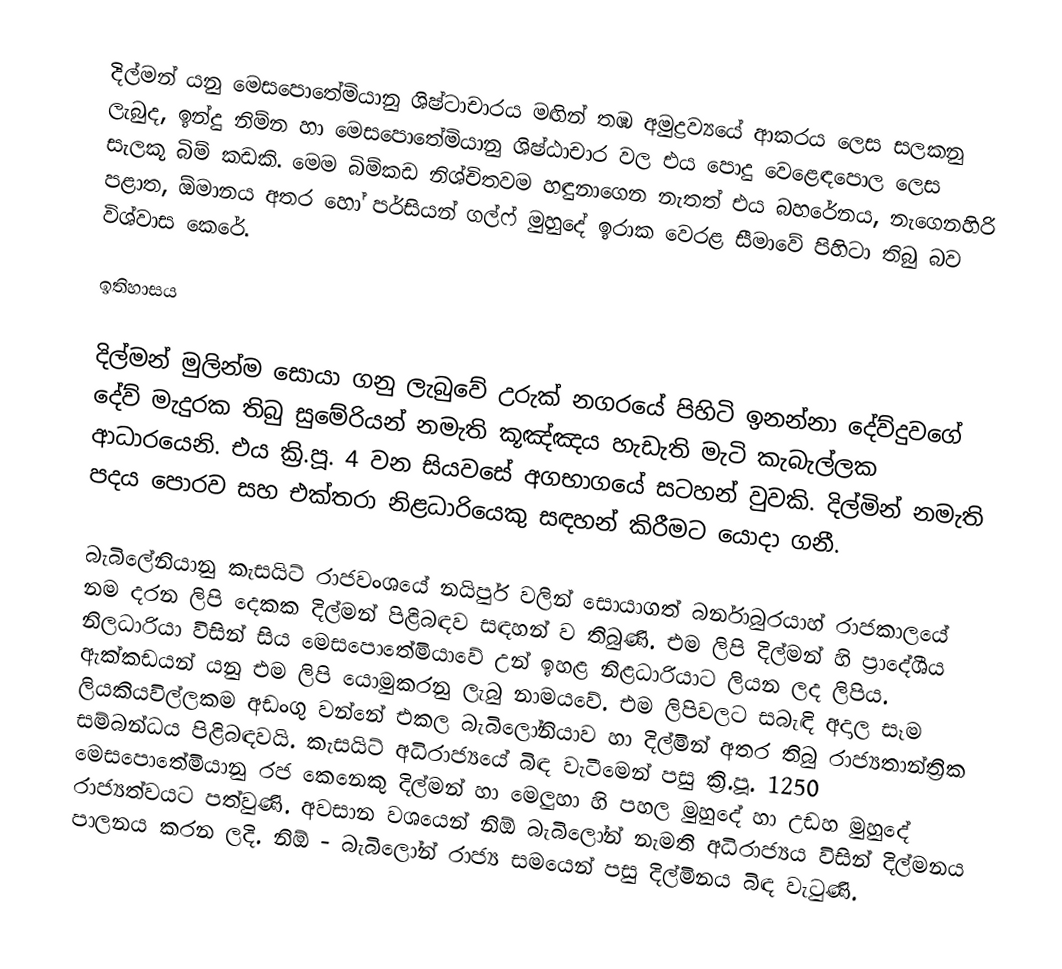
දිල්මන් යනු මෙසපොතේමියානු ශිෂ්ටාචාරය මඟින්  තඹ  අමුද්‍රව්‍යයේ ආකරය ලෙස සලකනු ලැබුද, ඉන්දු නිම්න හා මෙසපොතේමියානු ශිෂ්ඨාචාර වල එය ‍පොදු වෙළෙඳපොල ලෙස සැලකූ බිම් කඩකි. මෙම බිම්කඩ නිශ්චිතවම  හඳුනාගෙන නැතත් එය  බහරේනය, නැගෙනහිරි පළාත, ඕමානය  අතර හෝ පර්සියන් ගල්ෆ් මුහුදේ ඉරාක වෙරළ සීමාවේ පිහිටා තිබු බව විශ්වාස කෙරේ.

ඉතිහාසය

දිල්මන් මුලින්ම සොයා ගනු ලැබුවේ උරුක් නගරයේ පිහිටි ඉනන්නා දේව්දුවගේ දේව් මැදු‍රක තිබු සුමේරියන් නමැති කූඤ්ඤය හැඩැති මැටි කැබැල්ලක ආධාරයෙනි. එය ක්‍රි.පූ. 4 වන සියවසේ අගභාගයේ සටහන් වුවකි. දිල්මින්   නමැති පදය පොරව සහ එක්තරා නිළධාරියෙකු සඳහන් කිරීමට යොදා ගනී.

බැබිලේනියානු කැසයිට් රාජවංශයේ නයිපුර්  වලින් සොයාගත් බර්නාබුරයාහ් රාජකාලයේ නම දරන ලිපි දෙකක දිල්මන් පිළිබඳව සඳහන් ව තිබුණි. එම ලිපි දිල්මන් හි ප්‍රාදේශීය නිලධාරියා විසින් සිය මෙසපොතේමියාවේ උන් ඉහළ නිළධාරියාට ලියන ලද ලිපිය. ඇක්කඩයන්  යනු එම ලිපි යොමුකරනු ලැබු නාමයවේ. එම ලිපිවලට සබැඳි අදාල සෑම ලියකියවිල්ලකම අඩංගු වන්නේ එකල බැබිලෝනියාව හා දිල්මින්   අතර තිබු රාජ්‍යතාන්ත්‍රික සම්බන්ධය පිළිබඳවයි. කැසයිට් අධිරාජ්‍යයේ බිඳ වැටීමෙන් පසු ක්‍රි.පූ. 1250 මෙසපොතේමියානු රජ කෙනෙකු දිල්මන්  හා මෙලුහා  හි පහල මුහුදේ  හා උඩහ මුහුදේ රාජ්‍යත්වයට පත්වුණි. අවසාන වශයෙන් නිඕ බැබිලෝන් නැමති අධිරාජ්‍යය විසින් දිල්මනය පාලනය  කරන ලදි. නිඕ - බැබිලෝන්  රාජ්‍ය  සමයෙන් පසු දිල්මිනය බිඳ වැටුණි.